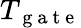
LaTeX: T_{\mathrm{~g~a~t~e~}}